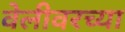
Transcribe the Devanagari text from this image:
वेलीवरच्या